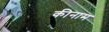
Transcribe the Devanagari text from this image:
कीनाम